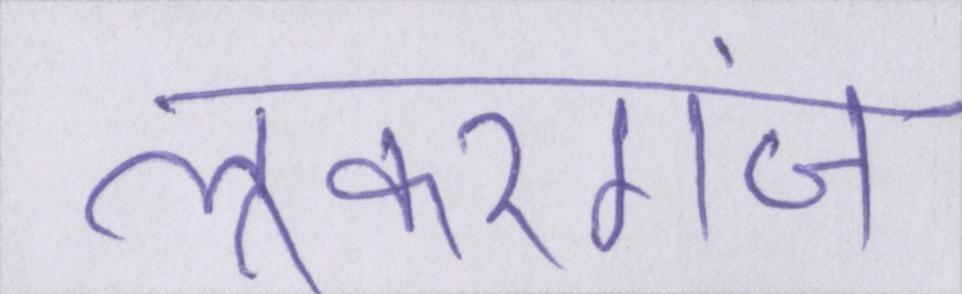
लूकरगंज